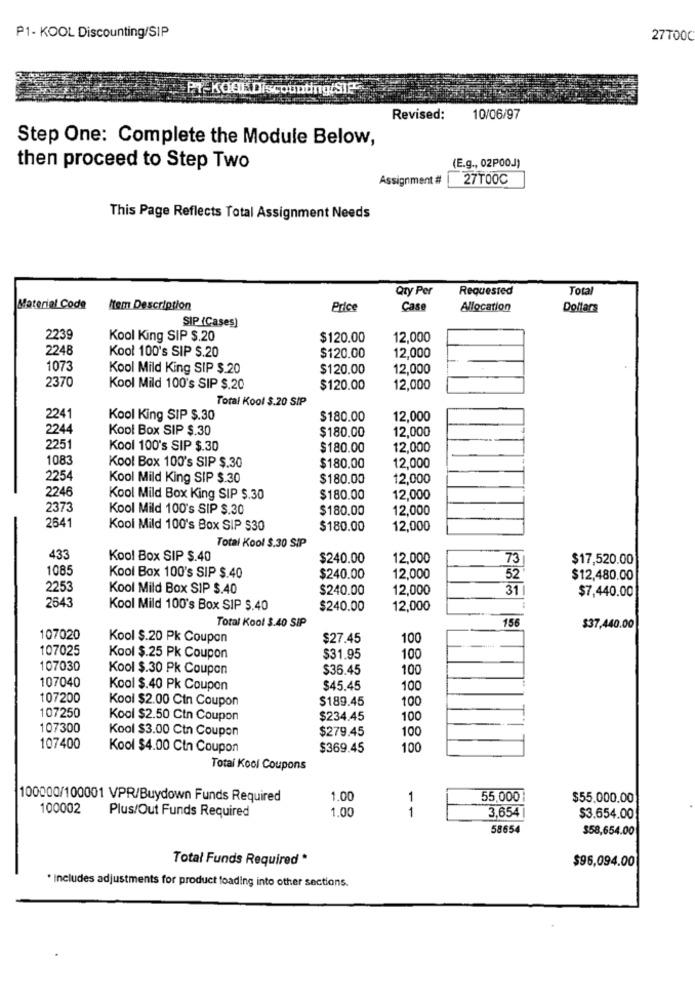
P1- KOOL Discounting/SIP
27700C
Revised:
10/06/97
Step One: Complete the Module Below,
(E.g ., 02P00J)
then proceed to Step Two
Assignment #
27TO0℃
This Page Reflects Total Assignment Needs
Qry Per
Requested
Total
Material Code
Item Description
Price
Case
Allocation
Dollars
SIP (Cases)
2239
Kool King SIP $.20
$120.00
12,000
2248
Kool 100's SIP $.20
$120.00
12,000
1073
Kool Mild King SIP $.20
$120.00
12,000
2370
Kool Mild 100's SIP $.20
$120.00
12,000
Total Kool $.20 SIP
2241
Kool King SIP $.30
$180.00
12,000
2244
Kool Box SIP $.30
$180.00
12,000
2251
Kool 100's SIP $.30
$180.00
12,000
1083
Kool Box 100's SIP $.30
$180.00
12,000
2254
Kool Mild King SIP $.30
$180.00
12,000
2246
Kool Mild Box King SIP $.30
$180.00
12,000
2373
Kool Mild 100's SIP $.30
$180.00
12,000
2641
Kool Mild 100's Box SIP $30
$180.00
12,000
Total Kool $.30 SIP
433
Kool Box SIP $.40
$240.00
12,000
73
$17,520.00
1085
Kool Box 100's SIP $.40
$240.00
12,000
32
$12,480.00
2253
Kool Mild Box SIP $.40
$240.00
12,000
31 1
$7,440.00
2643
Kool Mild 100's Box SIP $.40
$240.00
12,000
Total Kool $.40 SIP
156
$37,440.00
107020
Kool $.20 Pk Coupon
$27.45
100
107025
Kool $.25 Pk Coupon
$31.95
100
107030
Kool $.30 Pk Coupon
$36.45
100
107040
Kool $.40 Pk Coupon
$45.45
100
107200
Kool $2.00 Cin Coupon
$189.45
100
107250
Kool $2.50 Cin Coupon
$234.45
100
107300
Kool $3.00 Ctn Coupon
$279.45
100
107400
Kool $4.00 Ctn Coupon
$369.45
100
Total Kool Coupons
100000/100001 VPR/Buydown Funds Required
1.00
1
55,0007
$55.000.00
100002
Plus/Out Funds Required
1.00
1
3,654
$3.654.00
58654
$58,654.00
Total Funds Required *
$96,094.00
. Includes adjustments for product foading into other sections.